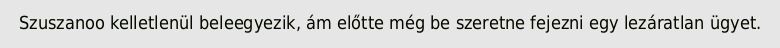
Szuszanoo kelletlenül beleegyezik, ám előtte még be szeretne fejezni egy lezáratlan ügyet.